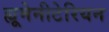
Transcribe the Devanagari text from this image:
ह्यूमेनीटेरियन